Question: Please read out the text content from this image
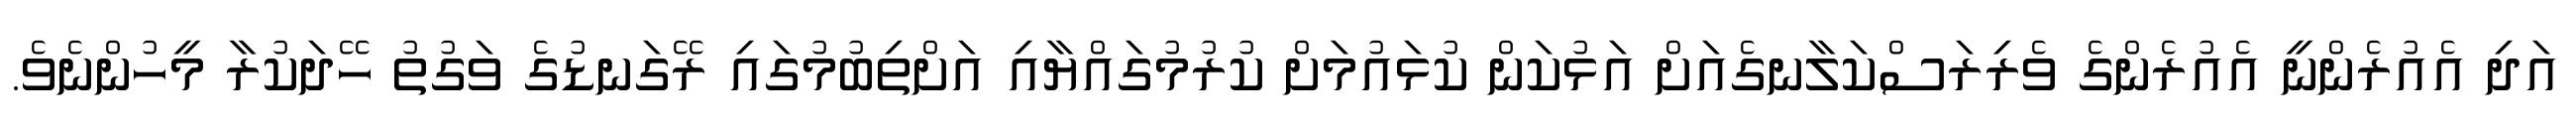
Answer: އަދި އެއުރެންނީ އެއުރެންގެ ވެރިރަސްކަލާނގެއަށް އަޅުކަން ކުޅައުމަށް ކުރުމުގައްޔާއި އަށްތިބުމުގައި ރޭގަނޑުގެ ވަގުތު ހޭދަކުރާ މީހުންނެވެ.